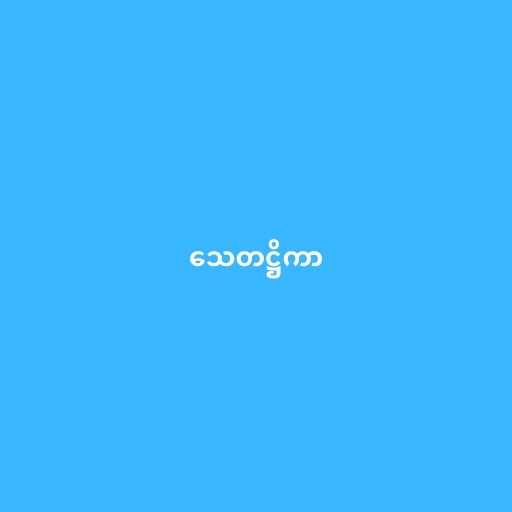
သေတဋ္ဌိကာ